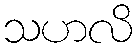
သဟလိ